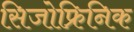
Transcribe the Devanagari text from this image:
सिजोफ्रिनिक